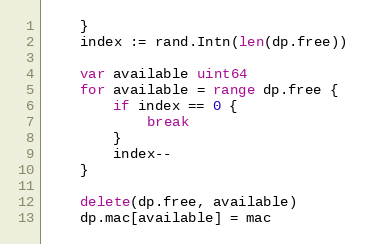
Language: Go
	}
	index := rand.Intn(len(dp.free))

	var available uint64
	for available = range dp.free {
		if index == 0 {
			break
		}
		index--
	}

	delete(dp.free, available)
	dp.mac[available] = mac